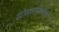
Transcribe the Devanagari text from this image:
सोमालीलँडचे